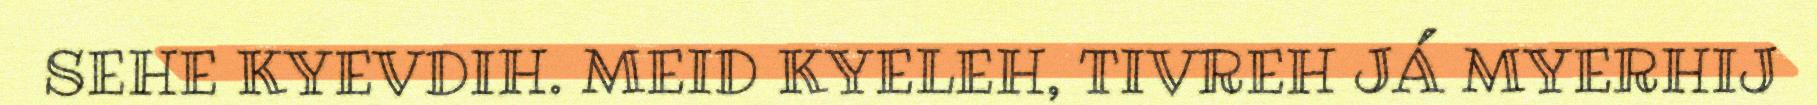
SEHE KYEVDIH. MEID KYELEH, TIVREH JÁ MYERHIJ